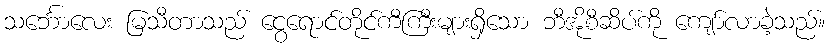
သင်္ဘောလေး မြသီတာသည် ငွေရောင်တိုင်ကီကြီးများရှိသော ဘီအိုစီဆိပ်ကို ကျော်လာခဲ့သည်။